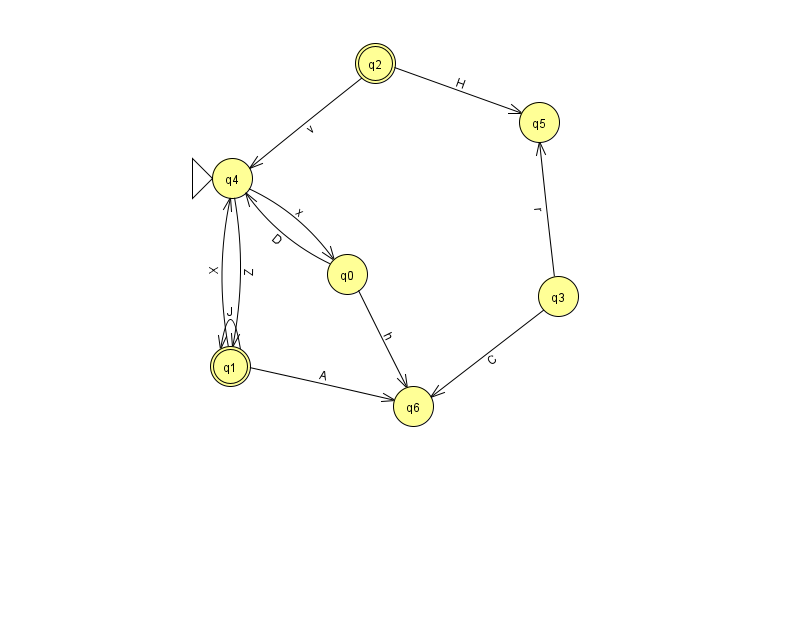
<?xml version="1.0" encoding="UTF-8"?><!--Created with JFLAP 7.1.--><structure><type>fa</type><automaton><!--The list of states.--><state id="0" name="q0"><x>347.0</x><y>261.0</y></state><state id="1" name="q1"><x>230.0</x><y>353.0</y><final/></state><state id="2" name="q2"><x>375.0</x><y>50.0</y><final/></state><state id="3" name="q3"><x>558.0</x><y>283.0</y></state><state id="4" name="q4"><x>232.0</x><y>165.0</y><initial/></state><state id="5" name="q5"><x>539.0</x><y>109.0</y></state><state id="6" name="q6"><x>413.0</x><y>393.0</y></state><!--The list of transitions.--><transition><from>3</from><to>5</to><read>r</read></transition><transition><from>0</from><to>4</to><read>D</read></transition><transition><from>0</from><to>6</to><read>h</read></transition><transition><from>2</from><to>4</to><read>v</read></transition><transition><from>4</from><to>0</to><read>x</read></transition><transition><from>1</from><to>4</to><read>X</read></transition><transition><from>2</from><to>5</to><read>H</read></transition><transition><from>1</from><to>1</to><read>J</read></transition><transition><from>4</from><to>1</to><read>Z</read></transition><transition><from>1</from><to>6</to><read>A</read></transition><transition><from>3</from><to>6</to><read>C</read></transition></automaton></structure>